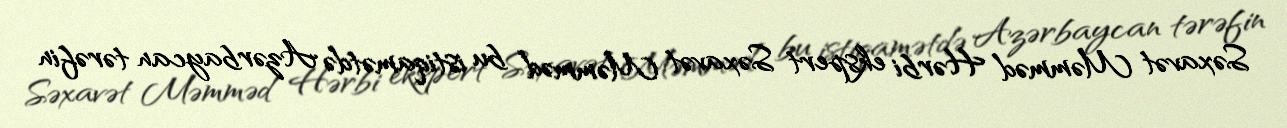
Səxavət Məmməd Hərbi ekspert Səxavət Məmməd bu istiqamətdə Azərbaycan tərəfin